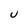
Character: U